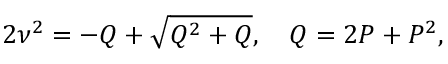
2 \nu ^ { 2 } = - Q + \sqrt { Q ^ { 2 } + Q } , \quad Q = 2 P + P ^ { 2 } ,